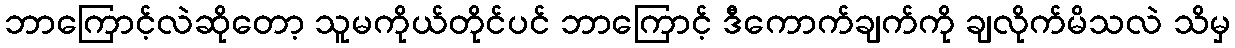
ဘာကြောင့်လဲဆိုတော့ သူမကိုယ်တိုင်ပင် ဘာကြောင့် ဒီကောက်ချက်ကို ချလိုက်မိသလဲ သိမှ